Bréfritari: Aðalbjartur Bjarnason (Albert Arnason)
Dagsetning: A-1880-05-29
Skrifað á: Vesturheimi

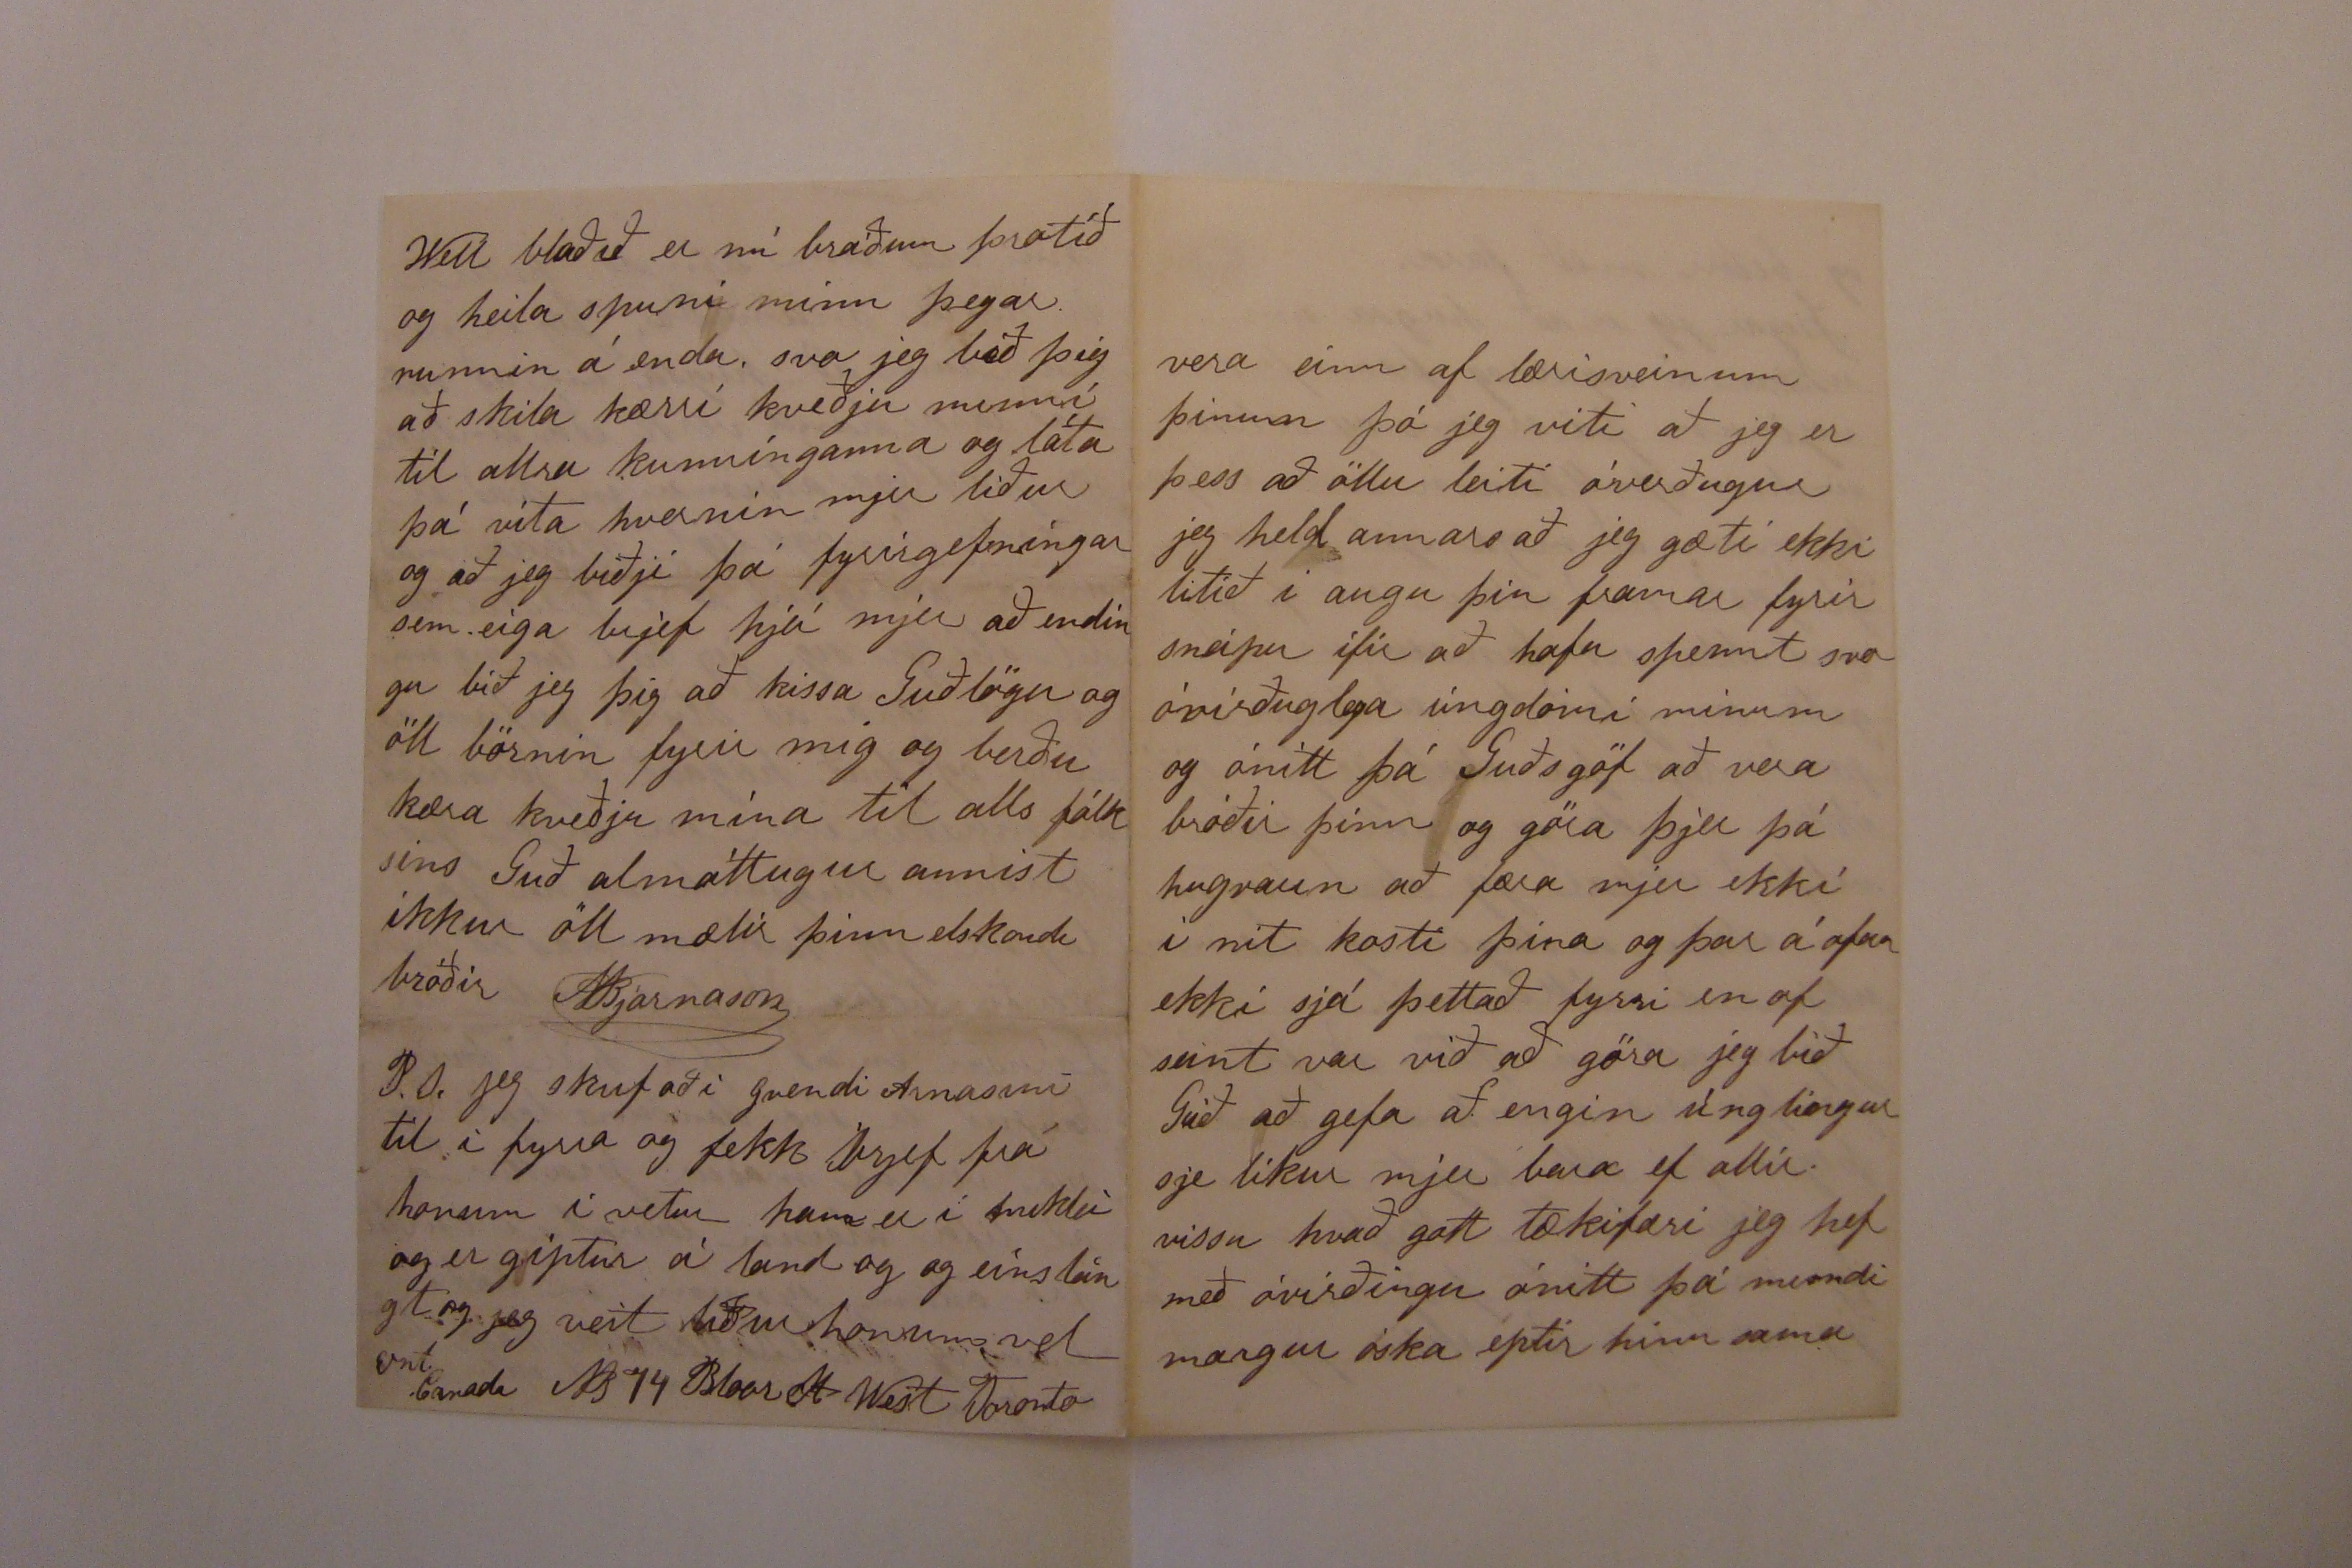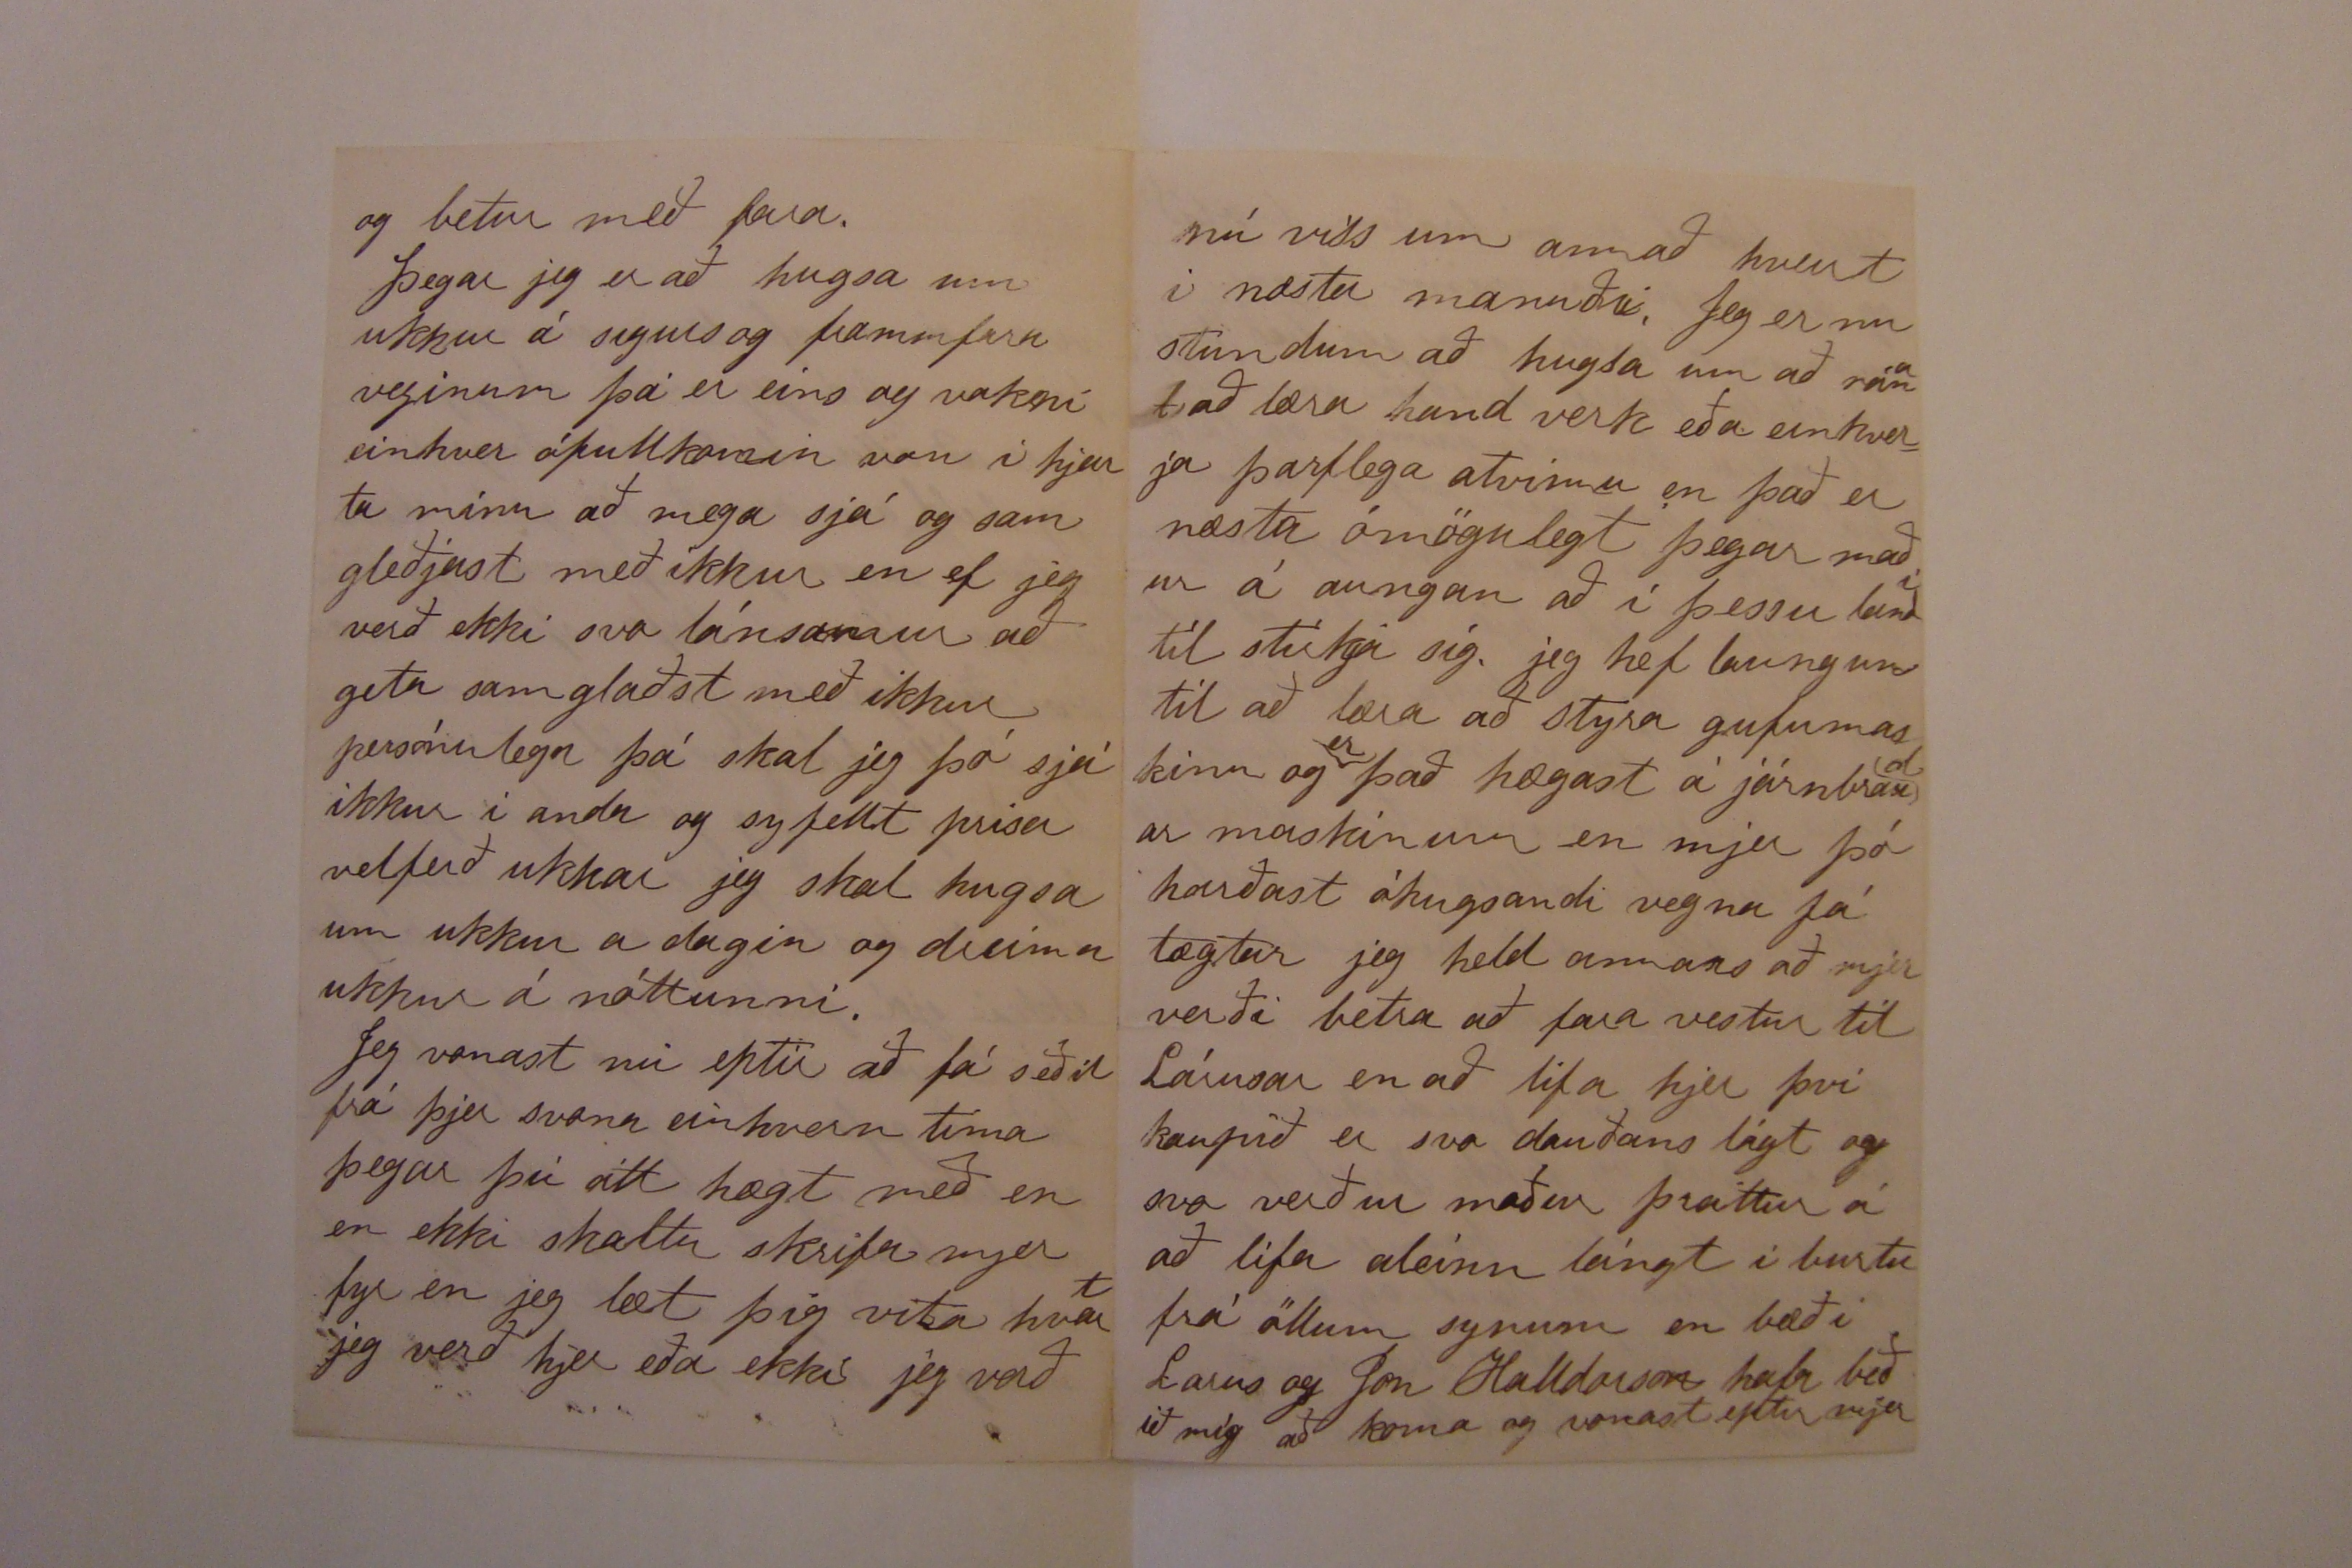

Toronto May 29da 1880
Elskulegi bróðir
af hjartans alúð þakka jeg þjer fyrir tilskrifið á Sumardaginn fyrsta sem jeg með tók í gærdag af Benidigt. Jeg get nú ekki útmálað það fyrir þjer hvað glaður jeg varð að fá brjef frá þjer sem jeg hef verið að vonast eptir í allann vetur og svo að heira af öllum fram föronum hjá þjer og góða veðrinu og jeg óska það megi haldast eins stillt og stöðugt eins og vorblíðan í Amerícu Heldur þótti mjer sárt að heira um missir íngstu dóttur þinnar jeg get því
nærri hvað ukkur tekur
það
barnsmissirin nærri og jeg vona þið þurfið ekki að reina meira af því mótlædi.
Hjer er nú komin lángur formáli og ekki farið að hugsa um frjettirnar sem aungar eru heldur en vant er jeg verð þá í stuttu máli að sega þjer líðan mína sem er í allan máta góð lof sje Guði, jeg hef verið hjer í sama stað til þessa og Guð veit hvað lengi jeg verð hjer jeg er vel
látin
og ánægður í allan máta jeg hef nú verið bísna vant við látin síðan vorverkin birjuðu fyrst að stínga garðin sem er meira en ekra og sá í hann alls konar jarðávextasáðtegund
um sem nöfnum kann að nefna og er jeg búin að koma öllu inn fyrir 3ur vikum og hóunin er birjuð svo er í kring um húsið hjer um bil 2 ekrur sem eru einlægar grasflatir með beðum utan með og malar stígar ligga aptur og fram hringin í kring um húsið jeg hef nílega verið að planta allskonar rósir í beðina utan með og tekur þar hátt á annað þúsund stórar og smáar plöntur jeg verð að slá grasið með maskínu tvisvar í viku og raka sandin á hverjum degi og vatna öllu saman með hósnum á hverju kveldi hriða um hest og kú og keira út með húbóndan eða húsmóðirina þegar þarf og svo
margt og margt sem ekki er worth while telling. Meðal annara orða þá skrifaði jeg þjer brjef nokkurn part á ensku í vetur sem jeg vona að þú hafir heimt þegar Pósturin kom til baka í því sagði jeg þjer af högum Lalla hann er nú víst að rífa í sundur land sitt í Nebraska hann hefur reindar ekki skrifað syðan í fyrra haust en jeg er nú farin að þekka pennaleti hans svo vel að þó jeg ætti brjef hjá honum í 20 ár þá skildi jeg ekki vera eina ögn hræddur um hann. Heldur þikir mjer gaman að heira um allar fram farirnar hjá þjer og jeg oska stundum að jeg mætti
vera einn af lærisveinum þínum þó jeg viti að jeg er þess að öllu leiti óverðugur jeg held annars að jeg gæti ekki litið í augu þín framar fyrir sneipu ifir að hafa spennt svo óvirðuglega úngdómi mínum og ónítt þá Guðsgöf að vera bróðir þinn og göra þjer þá hugraun að færa mjer ekki í nit kosti þína og þar á ofan ekki sjá þettað fyrri en of seint var við að göra jeg bið Guð að gefa að engin úglingur sje líkur mjer bara ef allir vissu hvað gott tækifæri jeg hef með óvirðingu ónítt þá mindi margur óska eptir hinu sama
og betur með fara.
Þegar jeg er að hugsa um ukkur á sigurs og frammfara veginum þá er eins og vakni einhver ófullkomin von í hjarta mínu að mega sjá og sam gleðjast með ikkur en ef jeg verð ekki svo lánsamur að geta samglaðst með ikkur persónulega þá skal jeg þó sjá ikkur í anda og syfellt prísa velferð ukkar jeg skal hugsa um ukkur a dagin og dreima ukkur á nóttunni.
Jeg vonast nú eptir að fá seðil frá þjer svona einhvern tíma þegar þú átt hægt með en en ekki skaltu skrifa mjer fyr en jeg læt þig vita hvert jeg verð hjer eða ekki jeg verð
nú viss um annað hvert í næsta manuði. Jeg er nu stundum að hugsa um að reina að læsra handverk eða einhverja þarflega atvinnu en það er næsta ómögulegt þegar maður á aungan að í þessu landi til stirkja sig. jeg hef laungun til að læra að styra gufumaskínu og
er
það hægast á járnbraudar maskínum en mjer þó harðast óhugsandi vegna fá tægtar jeg held annars að mjer verði betra að fara vestur til Lárusar en að lifa hjer því kaupið er svo dauðans lágt og svo verður maður þreittur á að lifa aleinn lángt í burtu frá öllum synum en bæði Larus og Jon Halldorson hafa beðið mig að koma og vonast eptir mjer
Well blaðið er nú bráðum þrotið og heila spuni minn þegar runnin á enda svo jeg bið þig að skila kærri kveðju minni til allra kunnínganna og láta þá vita hvernin mjer líður og jeg biðji þá fyrirgefningar sem eiga brjef hjá mjer að endingu bið jeg þig að kissa Guðlögu og öll börnin fyrir mig og verðu kæra kveðju mína til alls fólksins Guð almáttugur annist ikkur öll mælir þinn elskandi bróðir
ABjarnason
P.S. jeg skrifaði Gvendi Arnasini til í fyrra og fjekk brjef frá honum í vetur hann er í
miklu
og er giptur á land og og eins langt og jeg veit líður honum vel
Ont. Canada
AB 14 Bloar St West Toronto